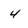
Character: 4